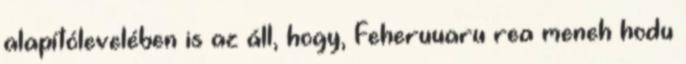
alapítólevelében is az áll, hogy, Feheruuaru rea meneh hodu